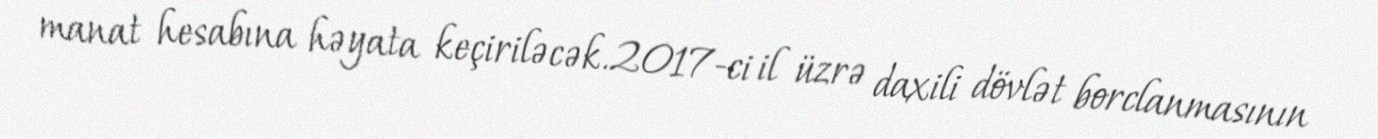
manat hesabına həyata keçiriləcək.2017-ci il üzrə daxili dövlət borclanmasının